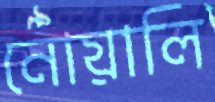
নোয়ালি